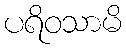
ပရိဝသာမိ